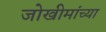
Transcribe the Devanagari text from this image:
जोखीमांच्या